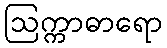
ဩက္ကာဓာရော